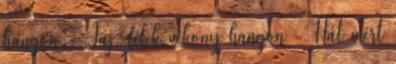
hangon - Jaj, félek vékony hangon - Hát mért